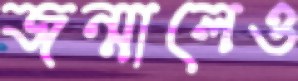
জন্মালেও